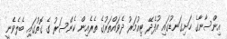
އިންސާނާގެ ހަށިގަނޑުގައި އުފެދޭ ޓިއުމަރު ދެވައްތަރުގެ ތެރެއިން ކެންސަރު ގެ ގޮތުގައި ބެލެވެނީ